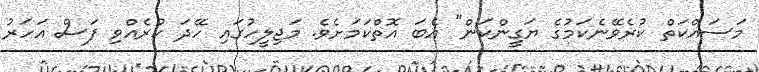
މަސައްކަތް ކުރެވޭނެކަމުގެ ޔަގީންކަން" އެބަ އޮތްކަމަށެވެ. މަޖިލީހުގައި ހޭދަ ކުރެއްވި ފަސް އަހަރު